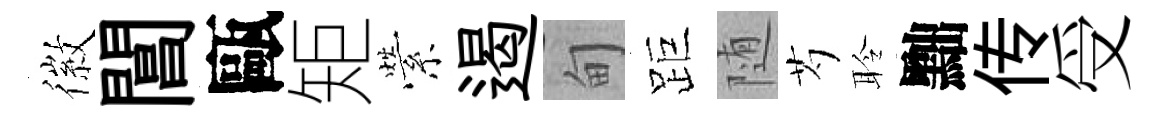
徽閶甌矩縈遏甸距随芍聆黜传受